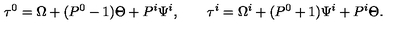
\tau ^ { 0 } = \Omega + ( P ^ { 0 } - 1 ) \Theta + P ^ { i } \Psi ^ { i } , \qquad \tau ^ { i } = \Omega ^ { i } + ( P ^ { 0 } + 1 ) \Psi ^ { i } + P ^ { i } \Theta .